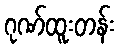
ဂုဏ်ထူးတန်း